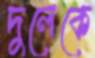
দুলেকে